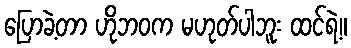
ပြောခဲ့တာ ဟိုဘဝက မဟုတ်ပါဘူး ထင်ရဲ့။